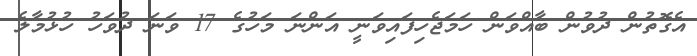
އެގޮތުން ދުވުން ބާއްވަން ހަމަޖެހިފައިވަނީ އަންނަ މަހުގެ 17 ވަނަ ދުވަހު ހުޅުމާލެ